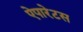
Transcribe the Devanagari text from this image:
ऐपारेटस